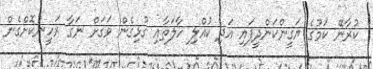
ކުރާނޭ ކަމުގެ ޔަގީންކަންދީފައި އަދި ކުއްލި ހާލަތާއި ގުޅިގެން ވަގަށް ނަގާ ރަހީނުކޮށްގެން